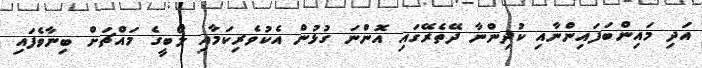
އަދި މައިންބަފައިންނާއި ކުދިންނާ ދޭތެރޭގައި އޮންނަ ގުޅުން އެކުވެރިކަމާއި ލޯބީގެ މައްޗަށް ބިނާވެފައި